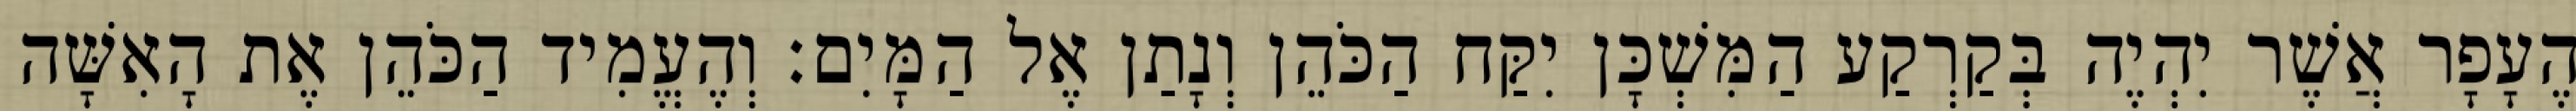
הֶעָפָר אֲשֶׁר יִהְיֶה בְּקַרְקַע הַמִּשְׁכָּן יִקַּח הַכֹּהֵן וְנָתַן אֶל הַמָּיִם׃ וְהֶעֱמִיד הַכֹּהֵן אֶת הָאִשָּׁה